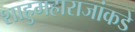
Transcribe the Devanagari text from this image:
शाहुमहाराजांकडे